Salla_vallavalitsus, lk 22
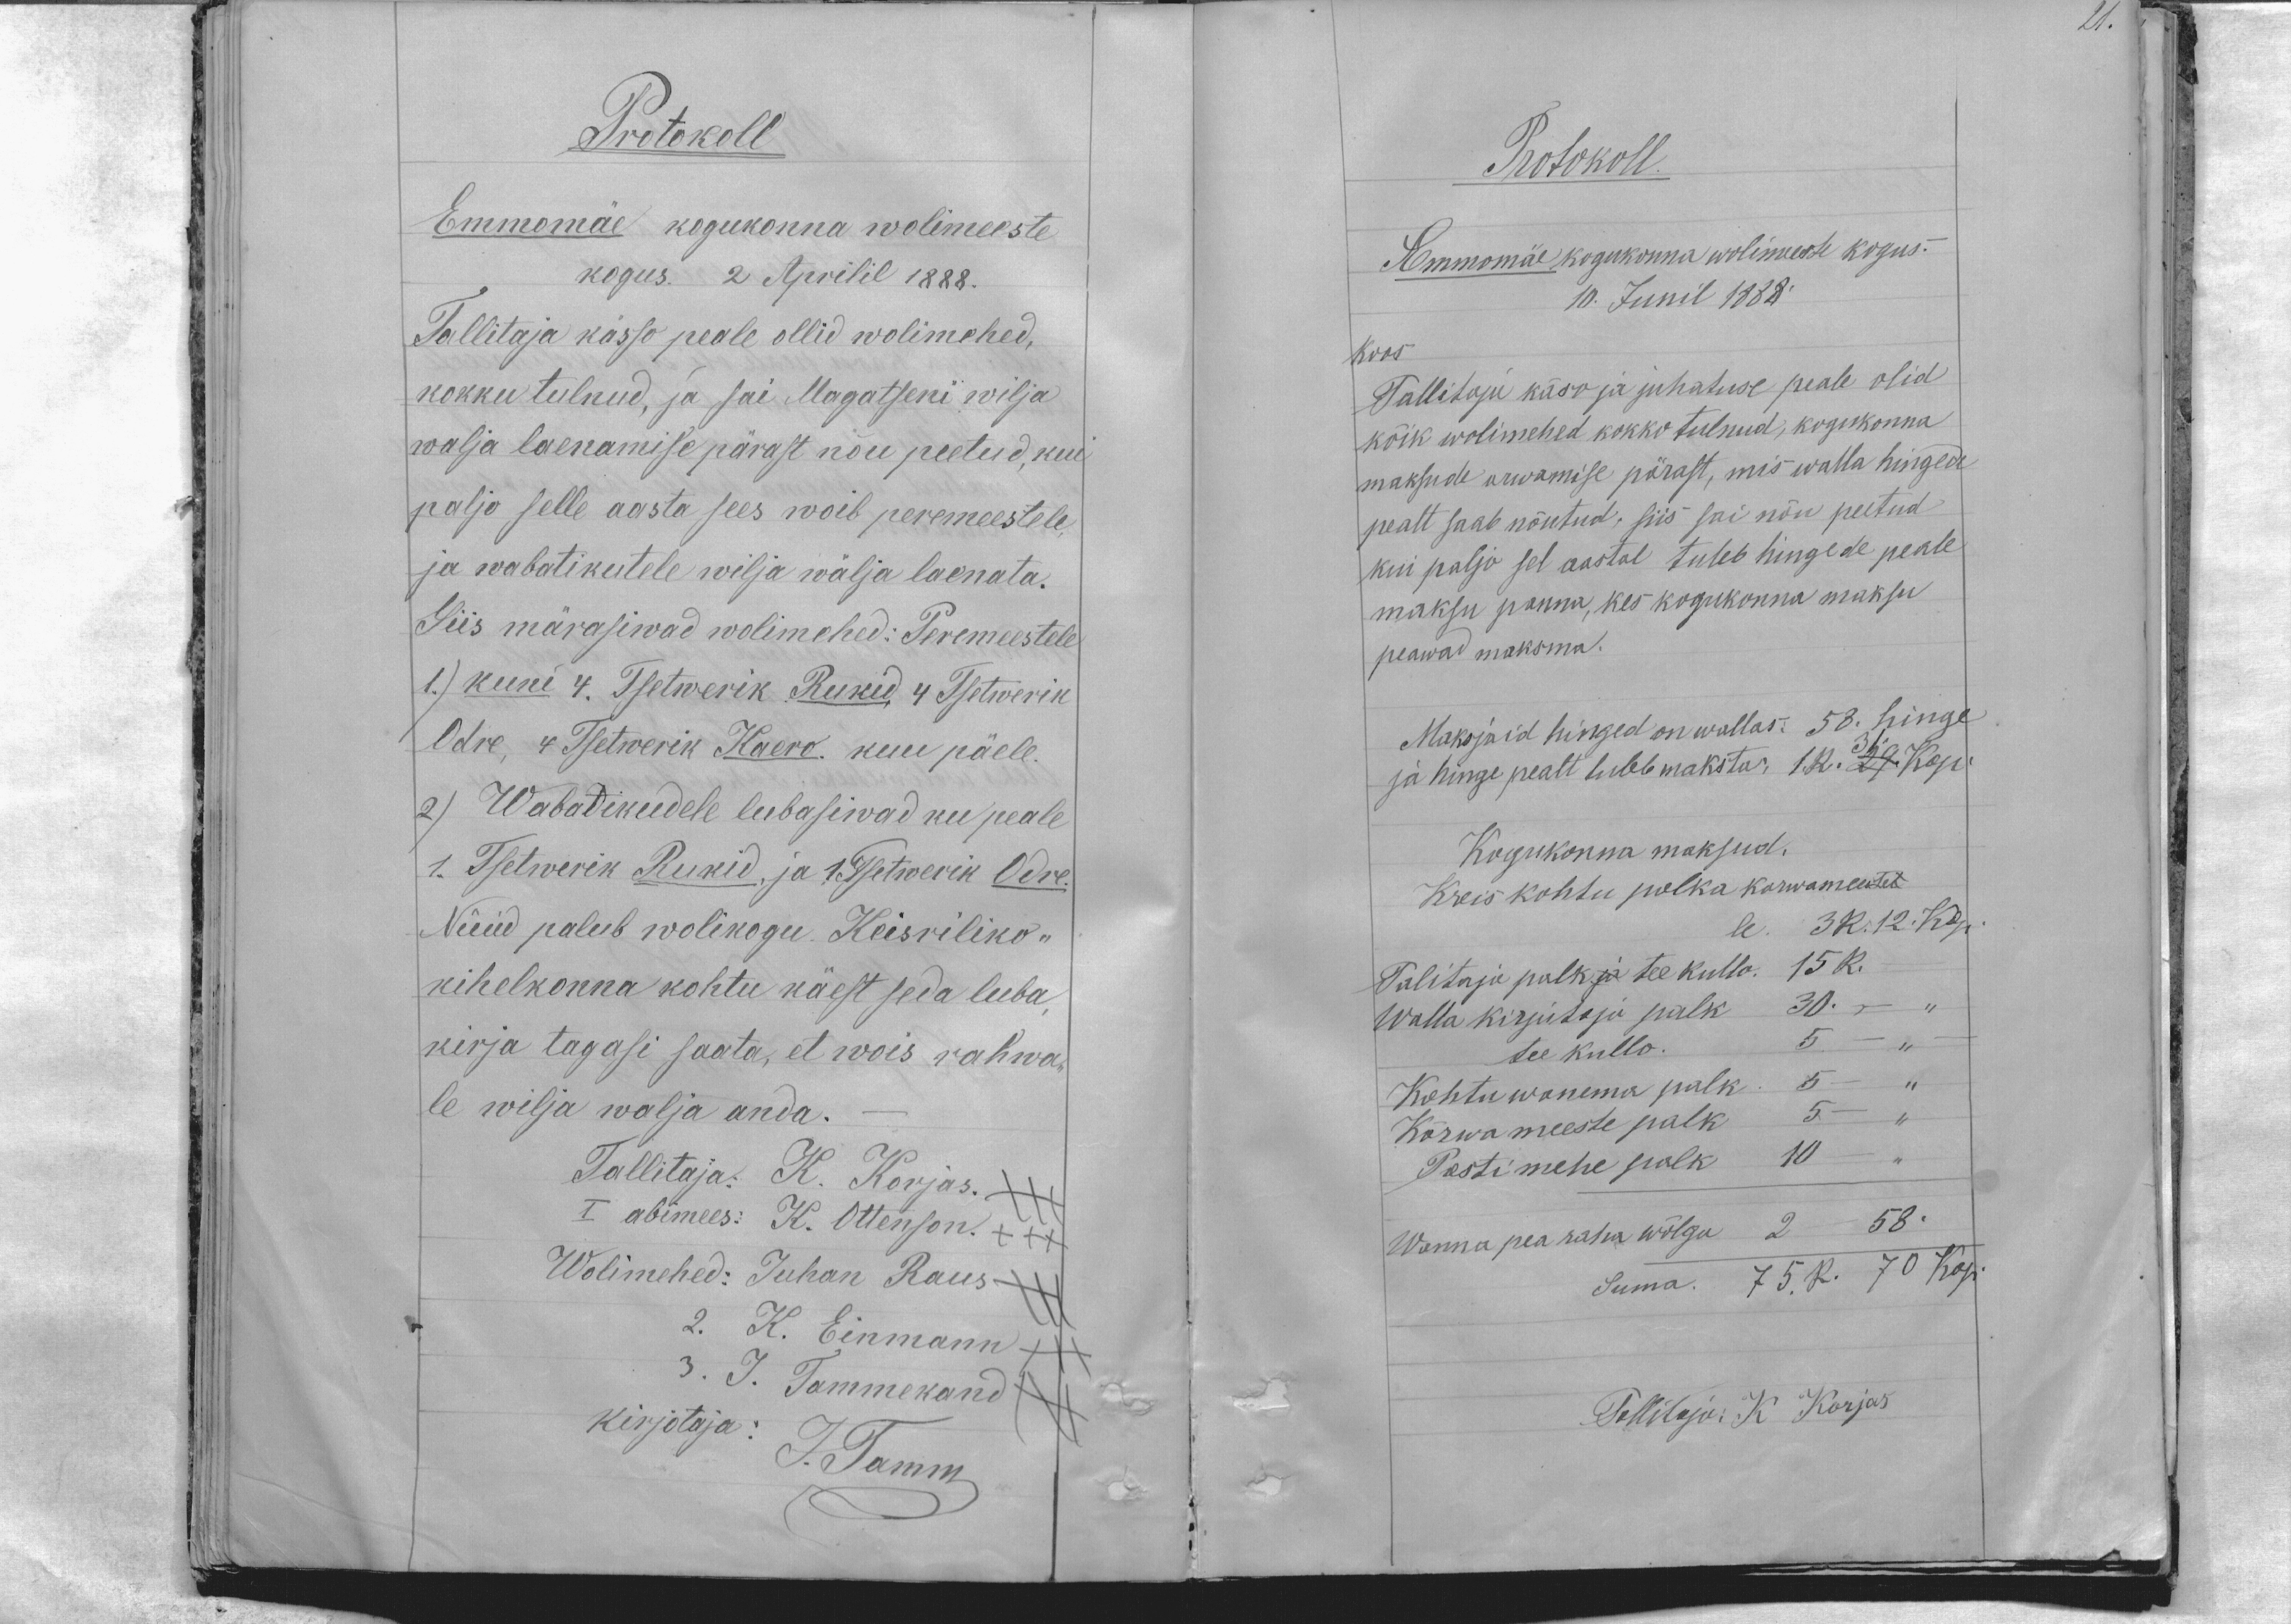
21.

Protokoll
Emmomäe kogukonna wolimeeste
kogus. 2 Aprilil 1888.
Tallitaja kässo peale ollid wolimehed,
kokku tulnud, ja sai Magatseni wilja
wälja laenamise pärast nõu peetud, kui
paljo selle aasta sees woib peremeestele.
ja wabatikutele wilja wälja laenata.
Siis märasiwad wolimehed: Peremeestele
1.) kuni 4. Tsetwerik Rukid, 4 Tsetwerik
Odre, 4 Tsetwerik Kaero. kuu päele.
2) Wabatikudele lubasiwad ku peale
1. Tsetwerik Rukid, ja 1. Tsetwerik Odre.
Nüüd palub wolikogu. Keisriliko-
kihelkonna kohtu käest seda luba,
kirja tagasi saata, et wois rahwa-
le wilja wälja anda.
Tallitaja. K. Korjas. +++
I abimees: K. Ottenson. +++
Wolimehed: Juhan Raus +++
2. K. Einmann +++
3. J. Tammekand +++
kirjotaja: J. Tamm

Protokoll.
Emmomäe kogukonna wolimeeste kogus.
10. Junil 1888.
Koos
Tallitaja käso ja juhatuse peale olid
kõik wolimehed kokko tulnud, kogukonna
maksude arwamise pärast, mis walla hingede
pealt saab nõutud, siis sai nõu peetud
kui paljo sel aastal tuleb hingede peale
maksu panna, kes kogukonna maksu
peawad maksma.
Maksjaid hinged on wallas: 58. hinge
ja hinge pealt tuleb maksta, 1 k. 31 kop.
Kogukonna maksud.
Kreis kohtu polka kõrwameeste-
le. 3 R. 12 kop.
Talitaja palk ja tee kullo. 15 R.
Walla kirjutaja palk 30. - "
tee kullo. 5 - "
Kohtu wanema palk. 5 - "
Kõrwa meeste palk 5 - "
Postimehe palk 10 - "
Wanna pea raha wõlgu 2 - 58.
Suma. 75. R. 70 Kop.
Tallitaja: K Korjas